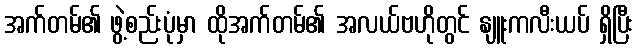
အက်တမ်၏ ဖွဲ့စည်းပုံမှာ ထိုအက်တမ်၏ အလယ်ဗဟိုတွင် နျူးကလီးယပ် ရှိပြီး